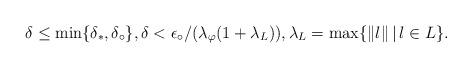
LaTeX: \begin{align*}\delta \leq \min\{\delta_*,\delta_\circ\},\delta < \epsilon_\circ / (\lambda_\varphi (1 + \lambda_L)),\lambda_L = \max\{\|l\|\,|\,l \in L\}.\end{align*}